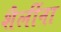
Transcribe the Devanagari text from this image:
शैलींना